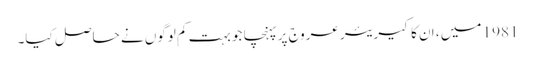
1981 میں ، ان کا کیریئر عروج پر پہنچا جو بہت کم لوگوں نے حاصل کیا۔